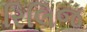
રિલિજ